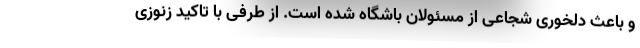
و باعث دلخوری شجاعی از مسئولان باشگاه شده است. از طرفی با تاکید زنوزی